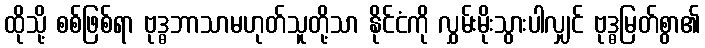
ထိုသို့ စစ်ဖြစ်ရာ ဗုဒ္ဓဘာသာမဟုတ်သူတို့သာ နိုင်ငံကို လွှမ်းမိုးသွားပါလျှင် ဗုဒ္ဓမြတ်စွာ၏